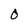
Character: 0